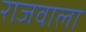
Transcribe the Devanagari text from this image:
राजवाला